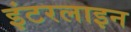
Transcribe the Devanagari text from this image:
इंटरलाइन